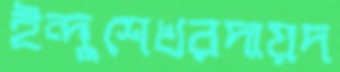
ইন্দুশেখরদায়দ